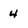
Character: 4